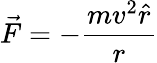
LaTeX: {\vec{F}}=-{\frac{mv^{2}{\hat{r}}}{r}}